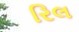
રિલ